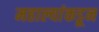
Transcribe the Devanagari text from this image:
महाल्यांकडून